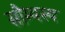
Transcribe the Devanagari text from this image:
सौम्यस्य